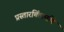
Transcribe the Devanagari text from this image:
प्रस्तारचिंतामणि